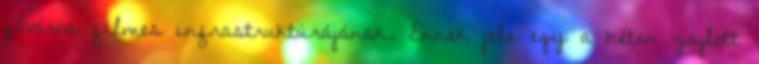
főváros filmes infrastruktúrájának. Ennek jele egy a héten zajlott